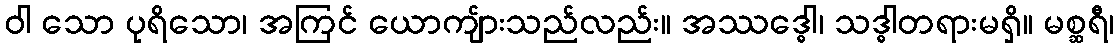
ဝါ သော ပုရိသော၊ အကြင် ယောကျ်ားသည်လည်း။ အဿဒ္ဓေါ၊ သဒ္ဓါတရားမရှိ။ မစ္ဆရီ၊